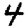
Digit: 4